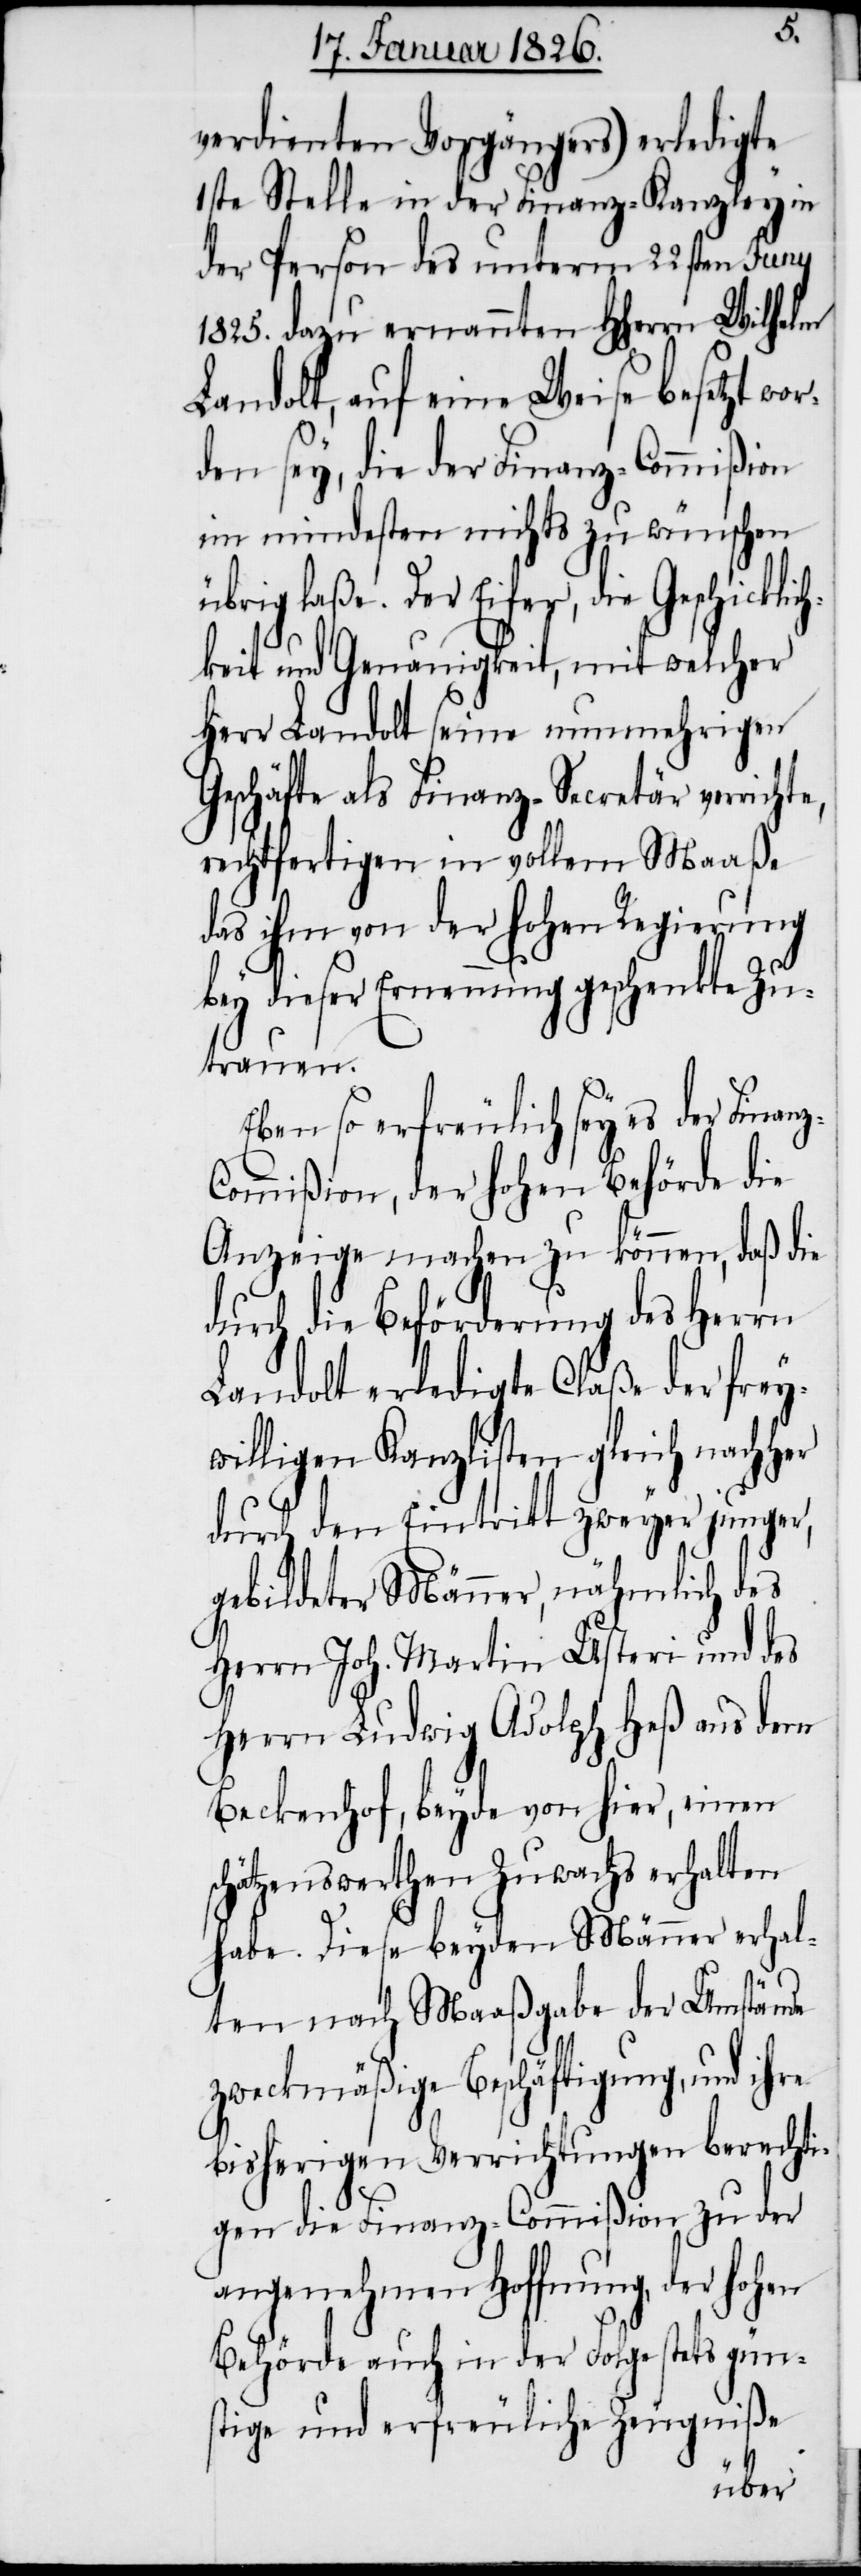
z-C¬
verdienten Vorgängers) erledigte
1ste Stelle in der Finanz-Kanzley in
der Person des unterm 22sten Juny
1825. dazu ernannten HHerrn Wilhelm
Landolt, auf eine Weise besetzt wor¬
den sey, die der Finanz-Commißion
im mindesten nichts zu wünschen
übrig laße. Der Eifer, die Geschicklich¬
keit und Genauigkeit, mit welcher
Herr Landolt seine nunmehrigen
Geschäfte als Finanz-Secretär verrichte,
rechtfertigen in vollem Maaße
das ihm von der hohen Regierung
bey dieser Ernennung geschenkte Zu¬
trauen.
Eben so erfreulich sey es der Finan¬
ommißion, der hohen Behörde die
Anzeige machen zu können, daß die
durch die Beförderung des Herrn
Landolt erledigte Claße der frey¬
willigen Kanzlisten gleich nachher
durch den Eintritt zweyer junger,
gebildeter Männer, nähmlich des
Herrn Joh. Martin Usteri und des
Herrn Ludwig Adolph Heß aus dem
Beckenhof, beyde von hier, einen
schätzenswerthen Zuwachs erhalten
habe. Diese beyden Männer erhal¬
ten nach Maaßgabe der Umstände
zweckmäßige Beschäftigung, und ihre
bisherigen Verrichtungen berechti¬
gen die Finanz-Commißion zu der
angenehmen Hoffnung, der hohen
Behörde auch in der Folge stets gün¬
stige und erfreuliche Zeugniße